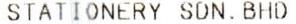
STATIONERY SDN. BHD